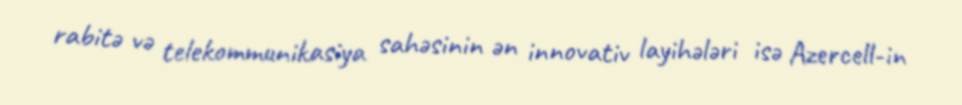
rabitə və telekommunikasiya sahəsinin ən innovativ layihələri isə Azercell-in